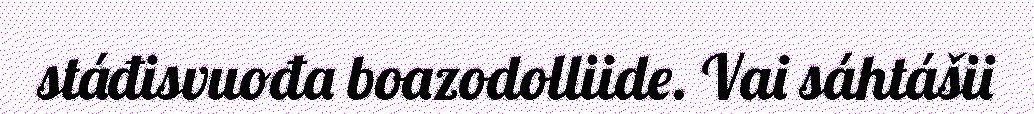
stáđisvuođa boazodolliide. Vai sáhtášii